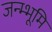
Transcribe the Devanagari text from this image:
जन्म्भूमि